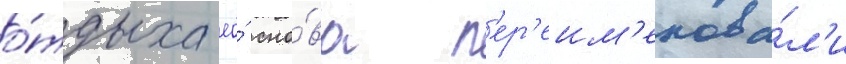
о́тдыха ео́ сно́ва п'ер'еим'енова́л'и